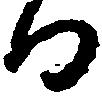
る